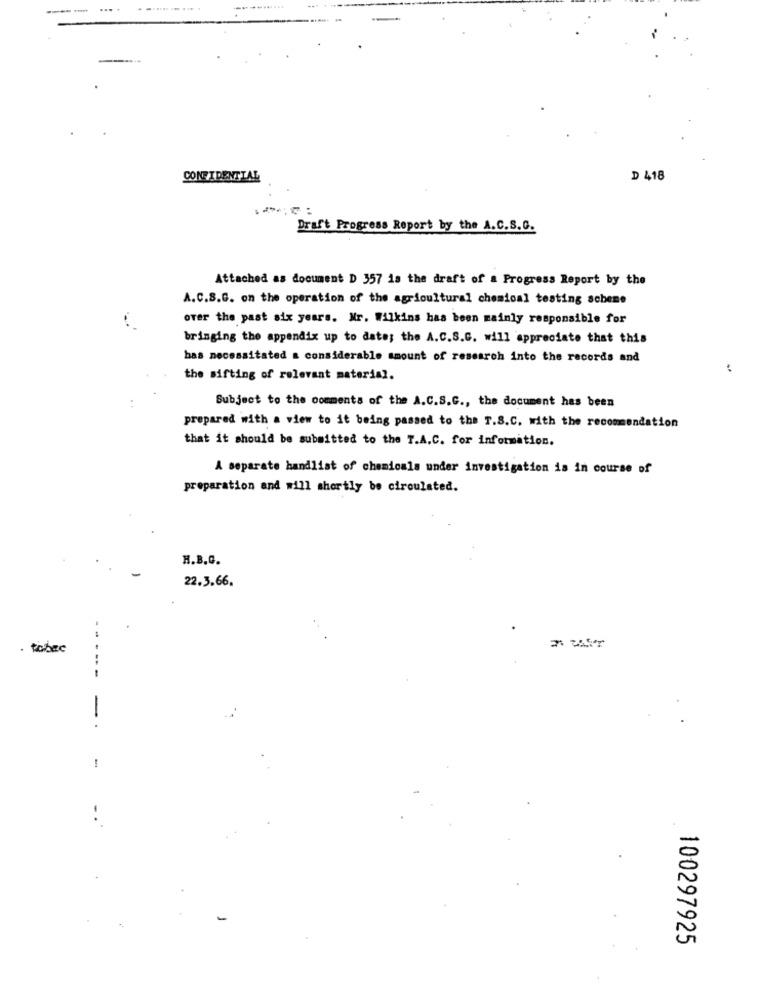
....
CONFIDENTIAL
D 418
Draft Progress Report by the A.C.S.C.
Attached as document D 357 is the draft of a Progress Report by the
A.C.S.G. on the operation of the agricultural chemical testing scheme
over the past six years. Nr. Wilkins has been mainly responsible for
bringing the appendix up to date; the A.C.S.G. will appreciate that this
has necessitated a considerable amount of research into the records and
the sifting of relevant material.
Subject to the comments of the A.C.S.C ., the document has been
. .
prepared with a view to it being passed to the T.S.C. with the recommendation
that it should be submitted to the T.A.C. for information.
A separate handlist of chemicals under investigation is in course of
preparation and will shortly be circulated.
H.B.C.
22.3.66.
tobee
-----
-.
1
..
-
N
100297925